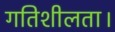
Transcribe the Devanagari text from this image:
गतिशीलता।